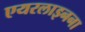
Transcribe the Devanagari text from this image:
एयरलाइनना